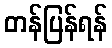
တန်ပြန်ရန်